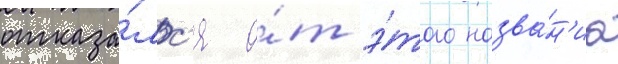
отказа́лс'я о́т э́того назва́н'иа